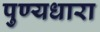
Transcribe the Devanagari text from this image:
पुण्यधारा